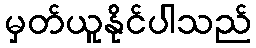
မှတ်ယူနိုင်ပါသည်